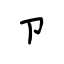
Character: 卩